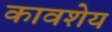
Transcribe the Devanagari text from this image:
कावशेय